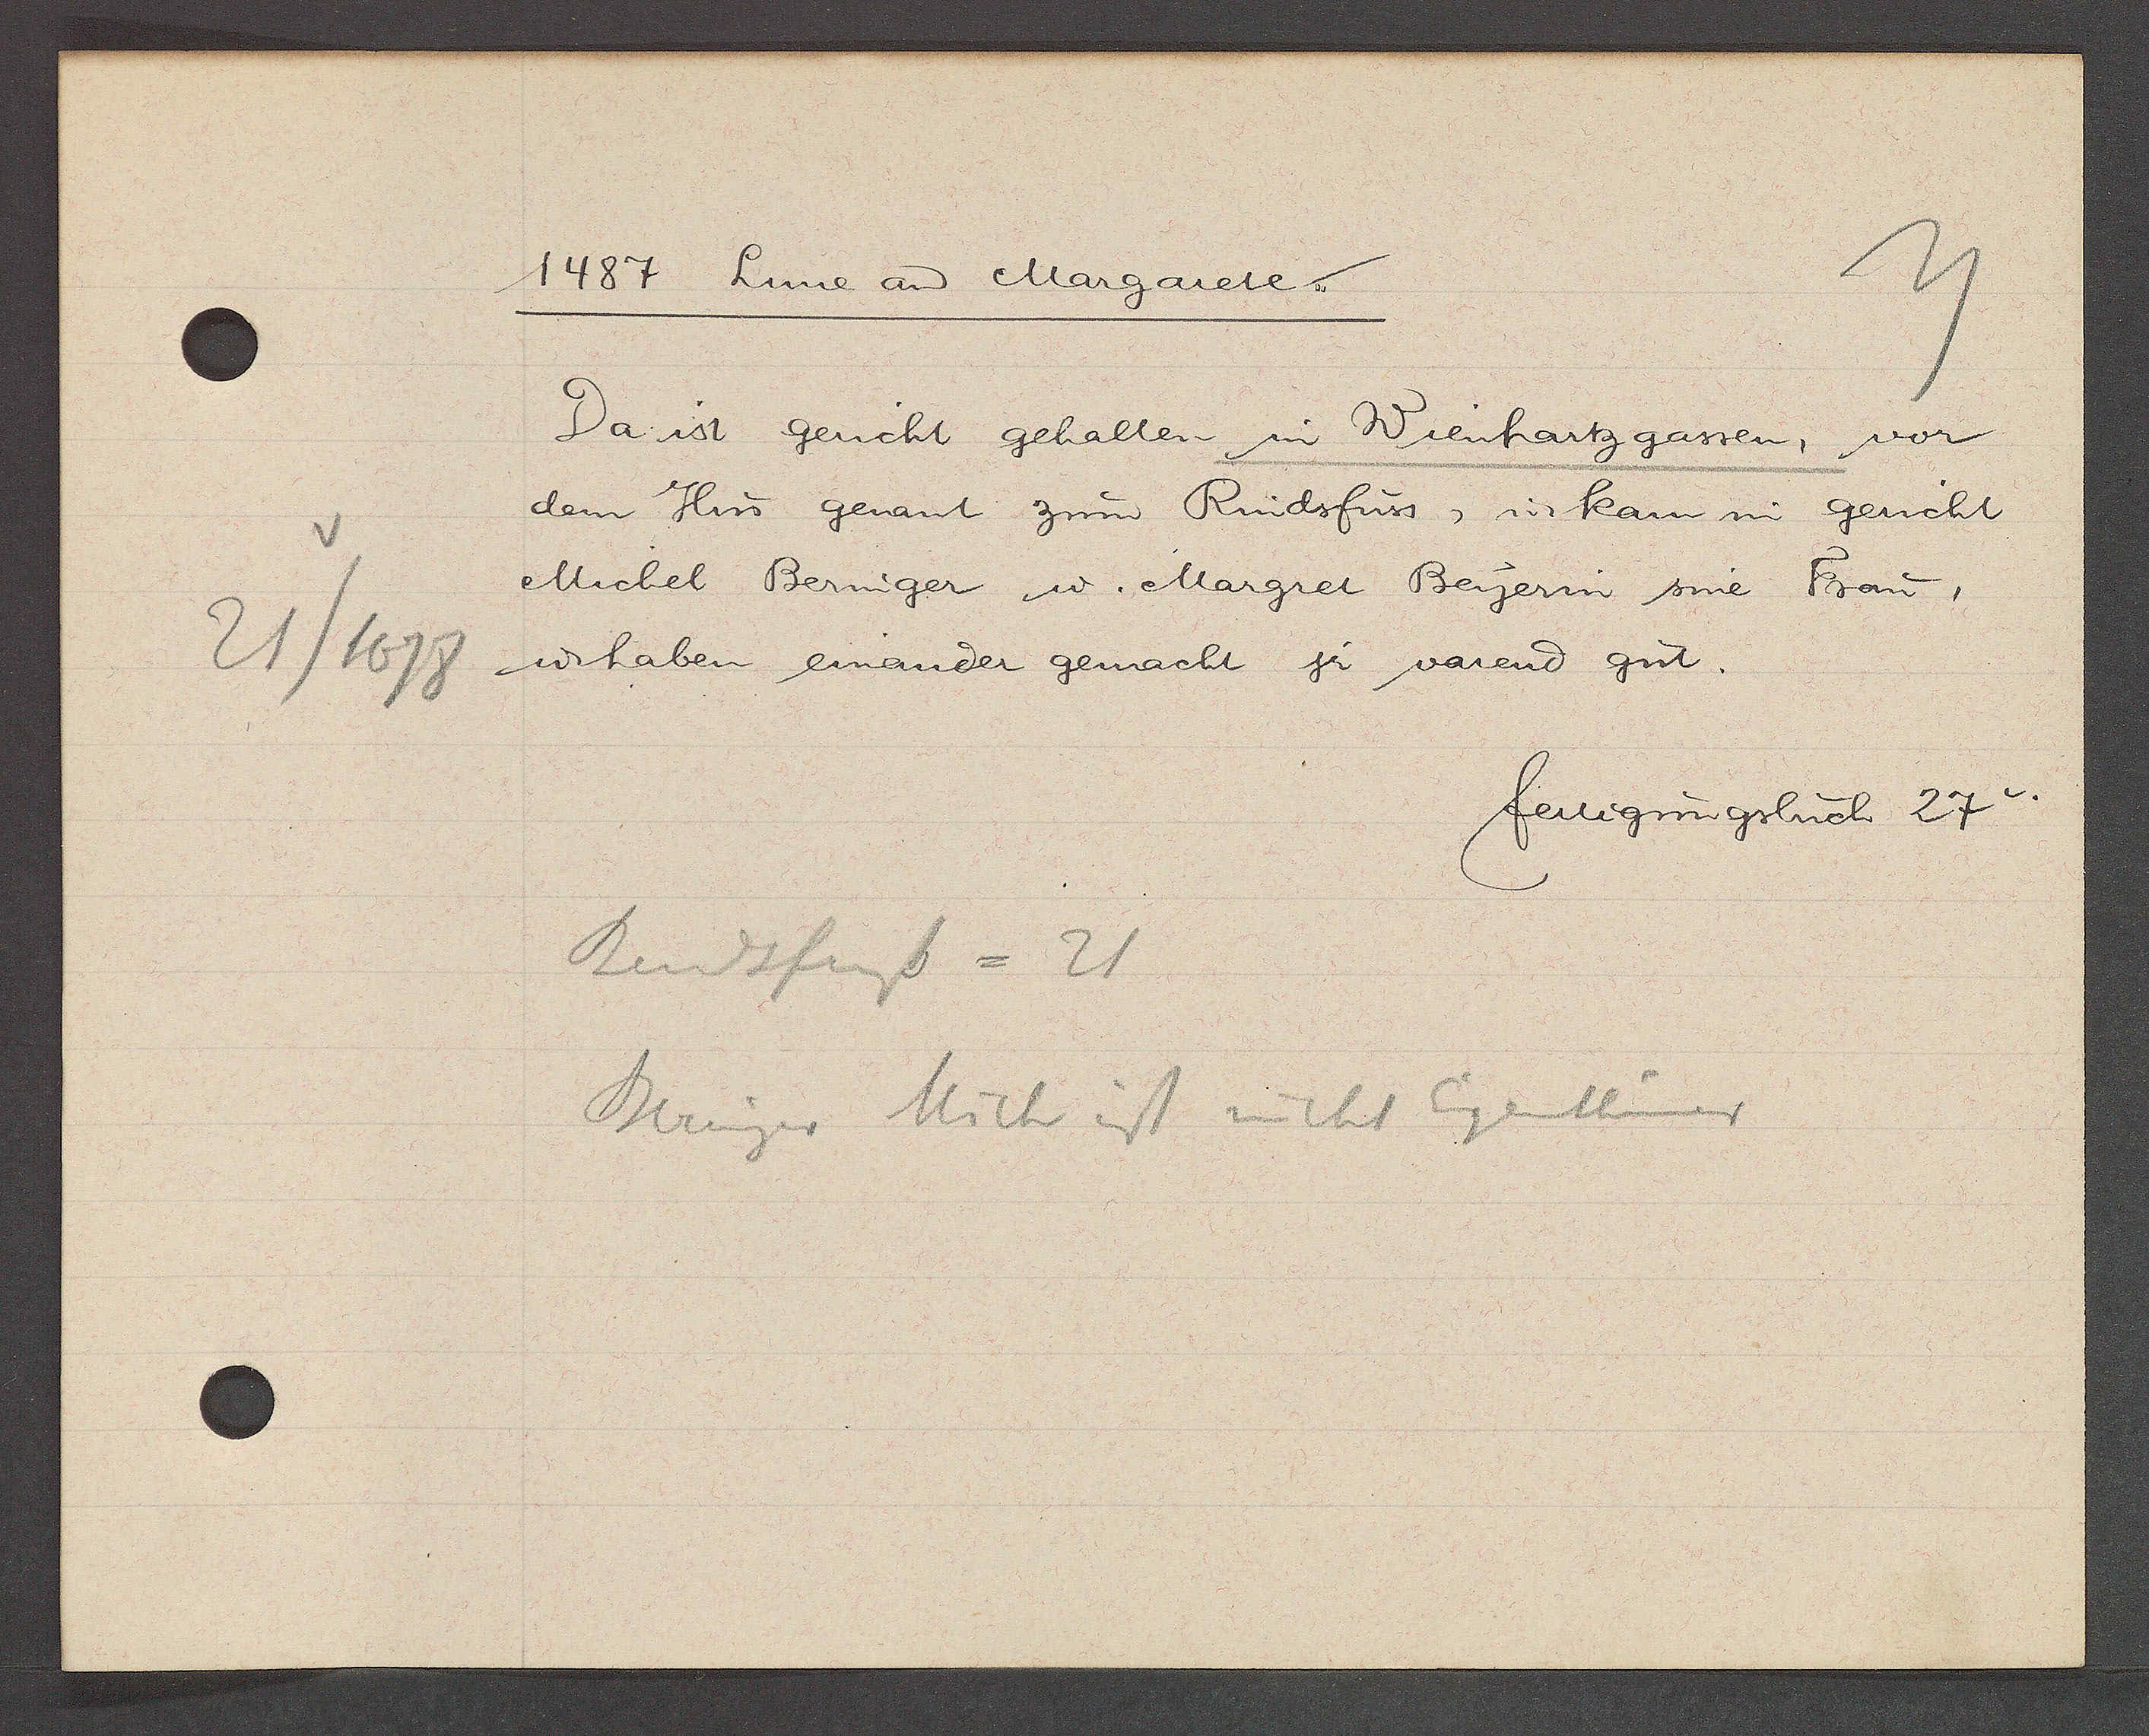
Transcript:
21/1678

1487 Lune an Margarete.

Da ist gericht gehalten in Wienhartz gassen, vor
dem Hus genant zum Rindsfuss, u kam in gericht
Michel Beringer u. Margret Beyerin sine Frau,
u. haben einander gemacht jr varend gut.

Rindsfuss = 21
Beringer Mich ist nicht Eigenthümer

fertigungsbuch 27v.